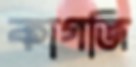
কাগজি